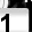
Digit: 1